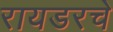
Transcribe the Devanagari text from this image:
रायडरचे